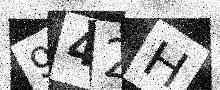
Text: 942H